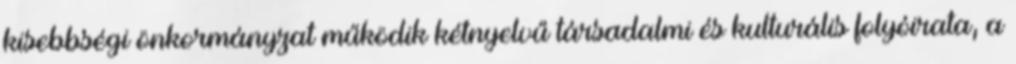
kisebbségi önkormányzat működik kétnyelvű társadalmi és kulturális folyóirata, a